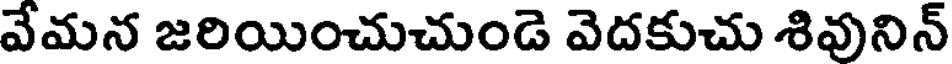
వేమన జరియించుచుండె వెదకుచు శివునిన్